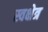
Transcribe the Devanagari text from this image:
स्वक्षेत्र